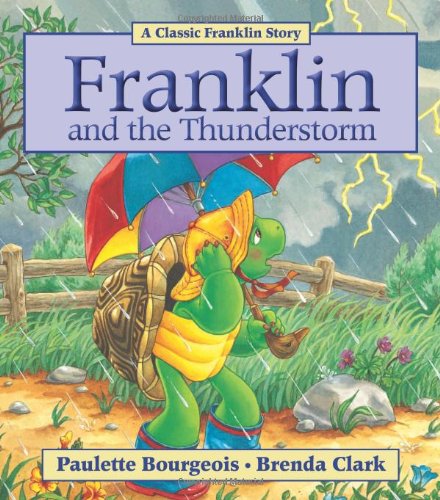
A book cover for Franklin and the Thunderstorm; Paulette Bourgeois; Children's Books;